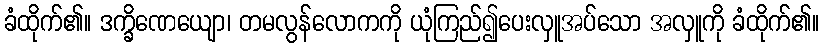
ခံထိုက်၏။ ဒက္ခိဏေယျော၊ တမလွန်လောကကို ယုံကြည်၍ပေးလှူအပ်သော အလှူကို ခံထိုက်၏။